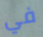
في